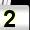
Digit: 2